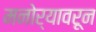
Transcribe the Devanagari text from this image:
मनोर्‍यावरून